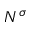
N ^ { \sigma }